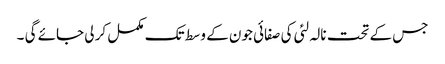
جس کے تحت نالہ لئی کی صفائی جون کے وسط تک مکمل کر لی جائے گی ۔